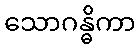
သောဂန္ဓိကာ